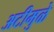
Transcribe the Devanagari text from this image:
अटीमुळे